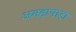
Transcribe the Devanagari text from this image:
अमड़ापाड़ा